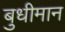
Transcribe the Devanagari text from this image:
बुधीमान